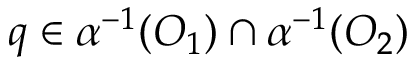
q \in \alpha ^ { - 1 } ( O _ { 1 } ) \cap \alpha ^ { - 1 } ( O _ { 2 } )